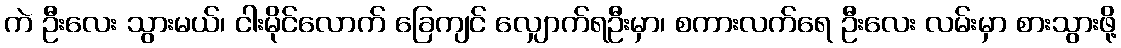
ကဲ ဦးလေး သွားမယ်၊ ငါးမိုင်လောက် ခြေကျင် လျှောက်ရဦးမှာ၊ စကားလက်ရေ ဦးလေး လမ်းမှာ စားသွားဖို့